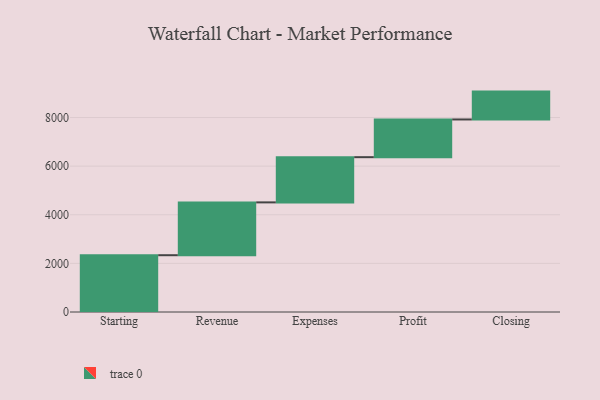
{"axis": {"x": "Step", "y": "Value"}, "legend": [""], "data": [{"x": "Starting", "y": 2336.0, "type": ""}, {"x": "Revenue", "y": 2173.0, "type": ""}, {"x": "Expenses", "y": 1860.0, "type": ""}, {"x": "Profit", "y": 1551.0, "type": ""}, {"x": "Closing", "y": 1146.0, "type": ""}]}